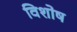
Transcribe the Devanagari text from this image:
विशोष